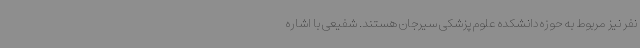
نفر نیز مربوط به حوزه دانشکده علوم پزشکی سیرجان هستند. شفیعی با اشاره